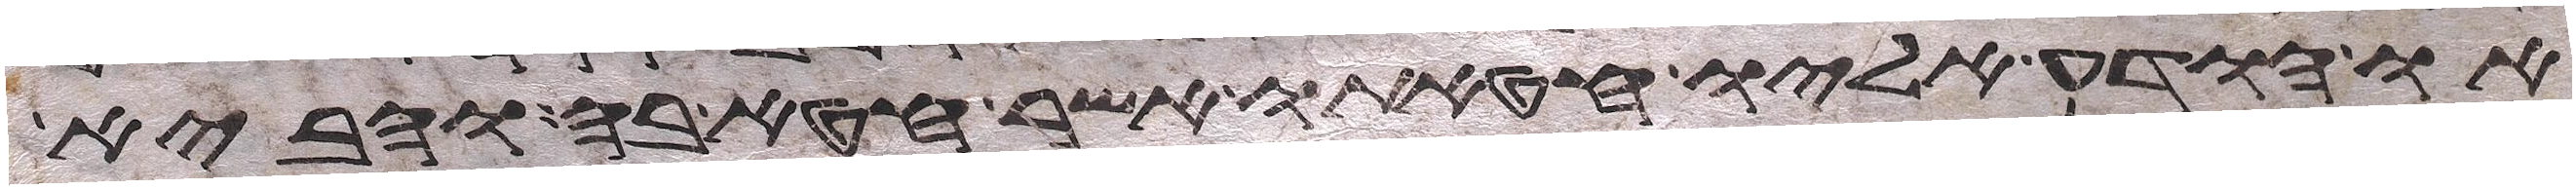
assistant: או הודע אליו חטאתו אשר חטא בה והביא